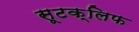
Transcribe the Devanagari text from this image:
सूटक्लिफ